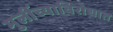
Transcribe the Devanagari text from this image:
मुलींच्याविरोधात